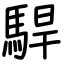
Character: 駻